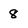
Character: 8